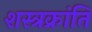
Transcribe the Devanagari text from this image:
शस्त्रक्रांति